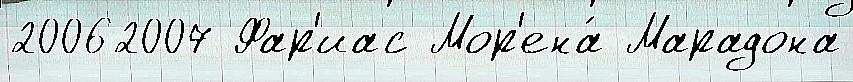
20062007 Фар'иас Мор'ена́ Марадона